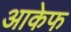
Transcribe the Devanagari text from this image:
आकेफ